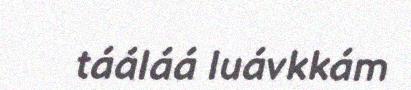
tááláá luávkkám